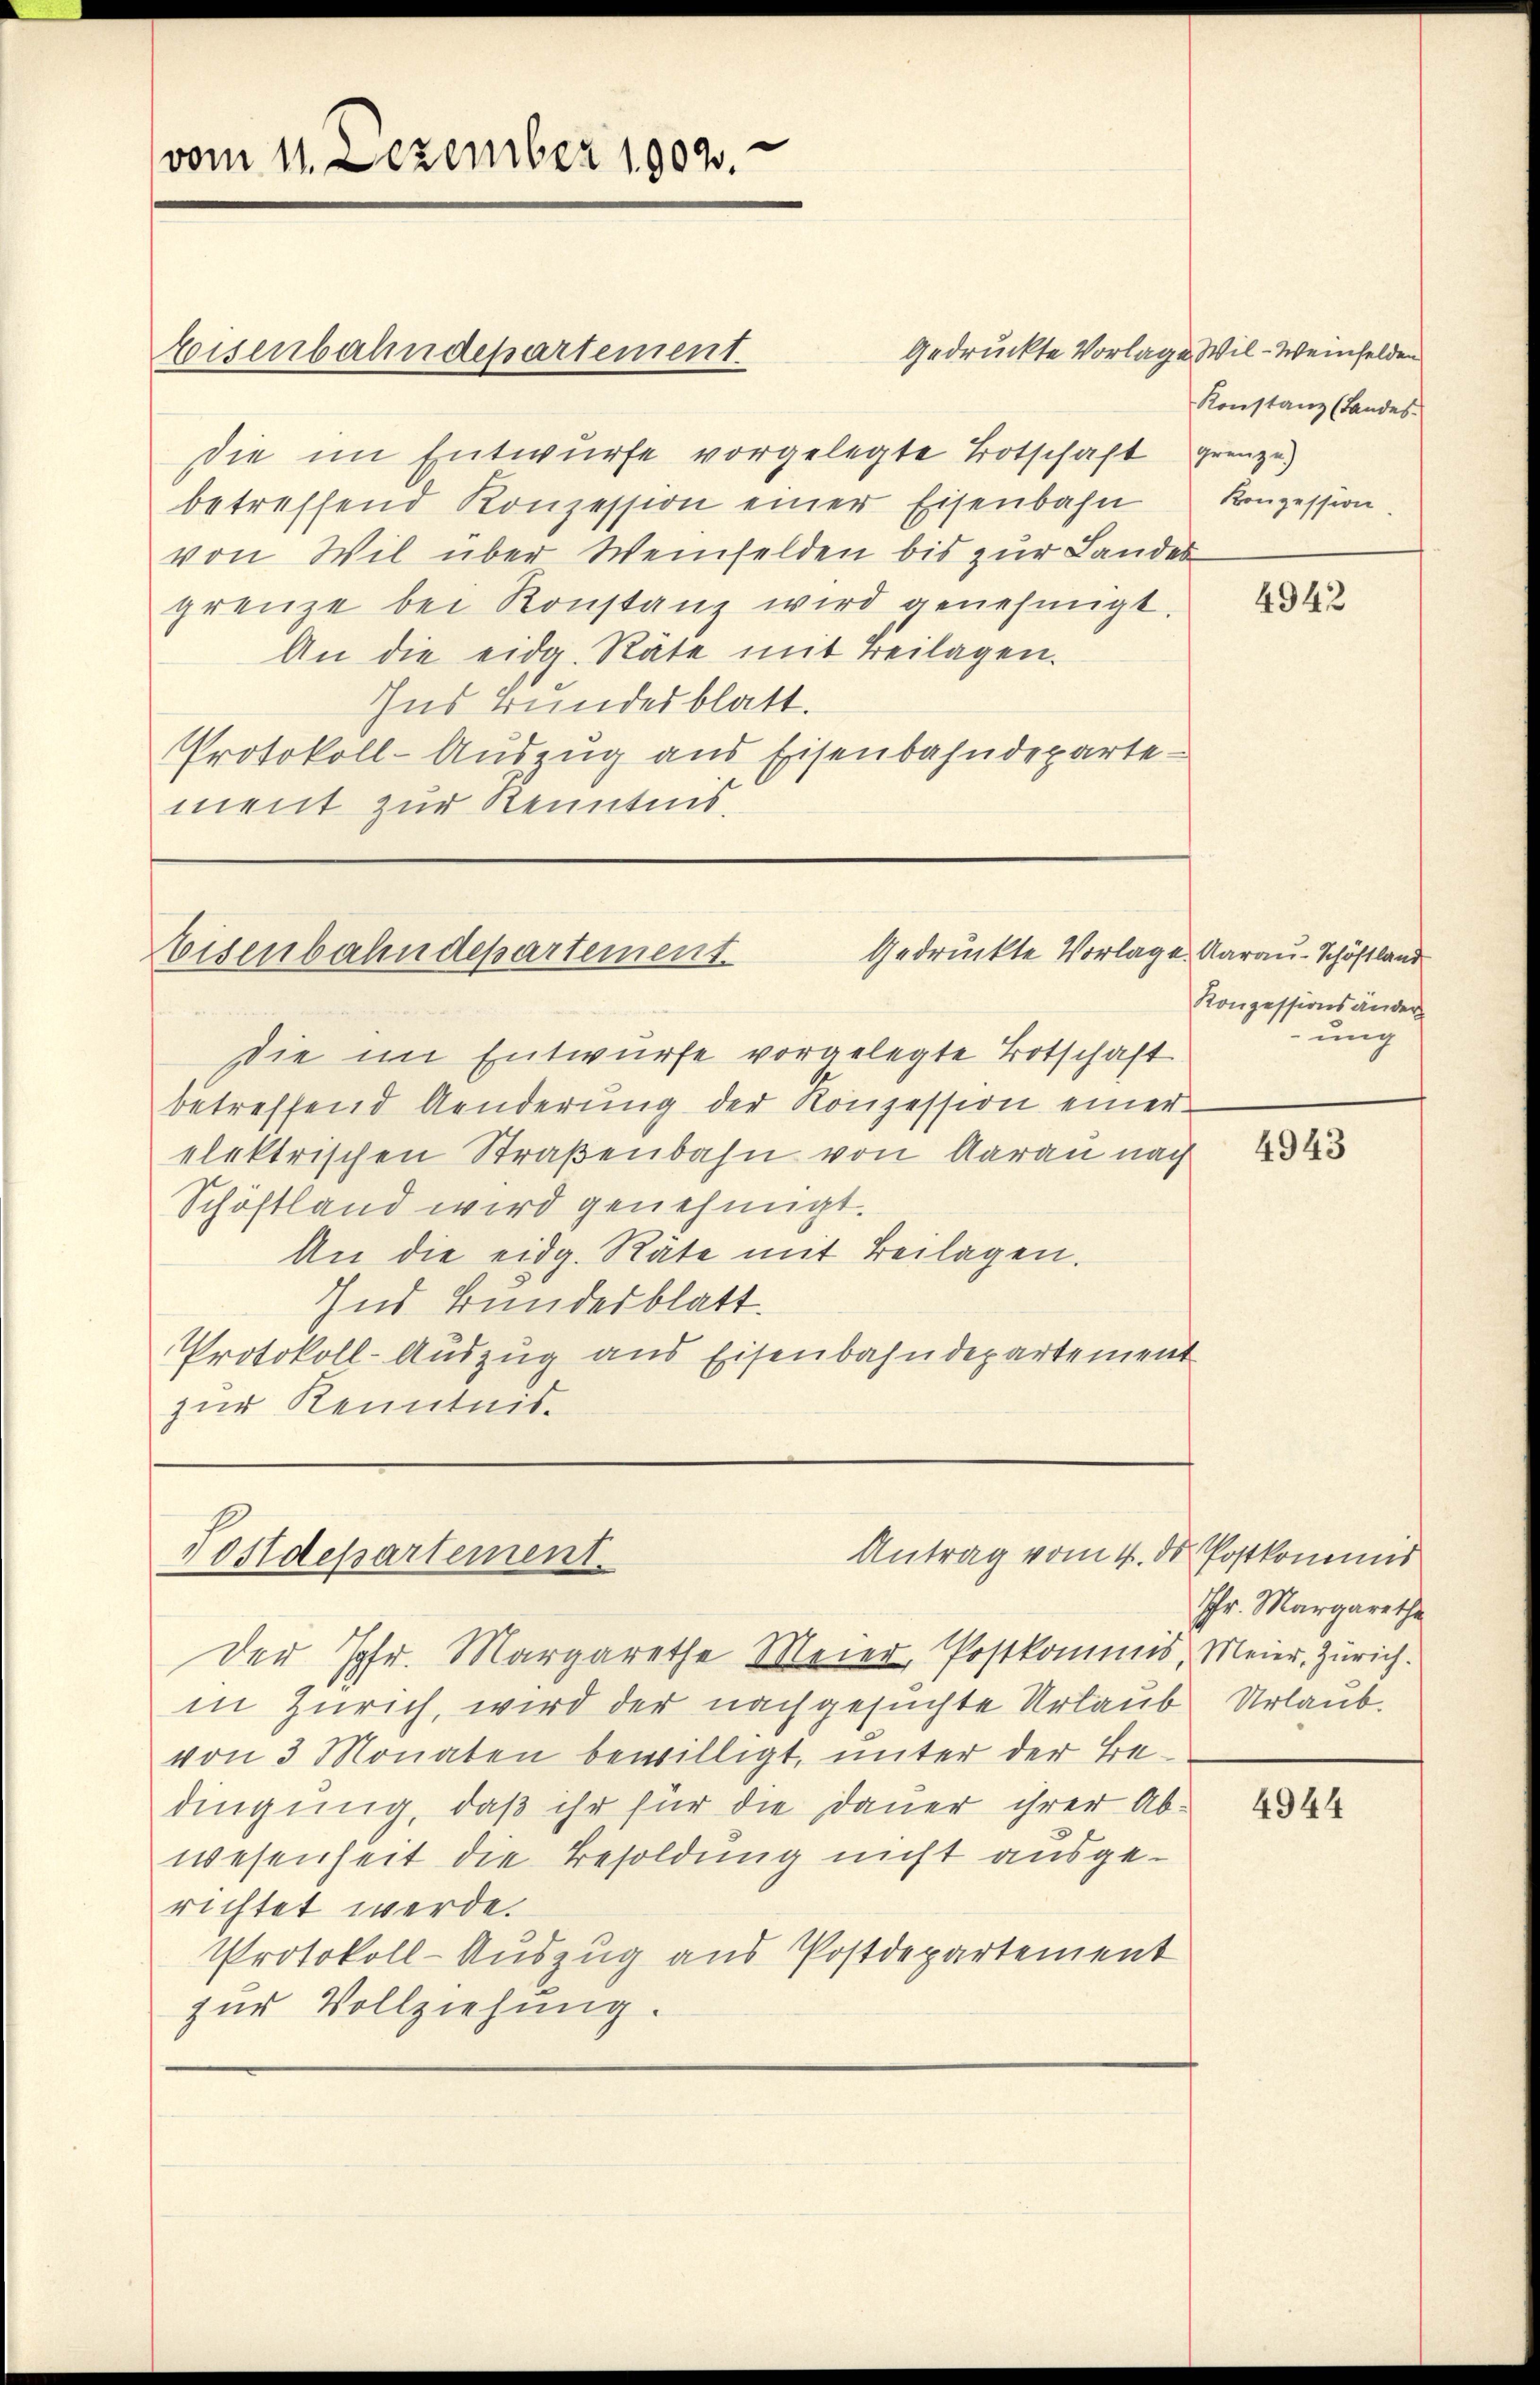
vom 11. Dezember 1902.

die im Entwurfe vorgelegte Totschaft grenze
betreffend Konzession einer Eisenbahn Konzession.
von Wil über Weinfelden bis zur Landes
grenze bei Konstanz wird genehmigt.
An die eidg. Räte mit Beilagen.
Ins Bundesblatt.
Protokoll-Auszug aus Eisenbahndeparte
ment zur Kenntnis.

Eisenbahndepartement.

die im Entwurfe vorgelegte Totschaft
betreffend Aenderung der Konzession einer
elektrischen Straßenbahn von Aarau nach
Schöstland wird genehmigt.
An die eidg. Räte mit Beilagen.
Ind Bundesblatt.
Protokoll-Auszug aus Eisenbahndepartement
zur Kenntnis.

Gedruckte Vorlage. Aarau-Schöstland
Eisenbahndepartement.

Antrag vom 4. d. Postkomund
Postdepartement.

Der Jgfr. Margarethe Meier, Postkommis, Meier, Zürich.
in Zürich, wird der nachgesuchte Urlaub Urlaub.
von 3 Monaten bewilligt, unter der Bedingung, daß ihr für die Dauer ihrer Abwesenheit die Besoldung nicht ausgerichtet werde.
Protokoll-Auszug aus Postdepartement
zur Vollziehung.

Gedrückte Vorlage Wil-Weinfelden
Konstanz (Landes-

4943

Konzessionsänder
ung

4943

Ihr. Margaretha

4944